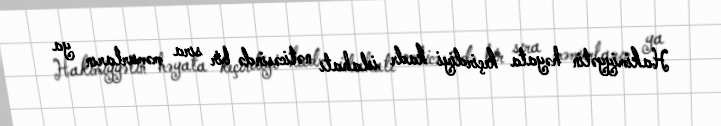
Hakimiyyətin həyata keçirdiyi kadr islahatı nəticəsində bir sıra məmurların ya